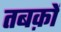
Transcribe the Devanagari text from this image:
तबक़ों